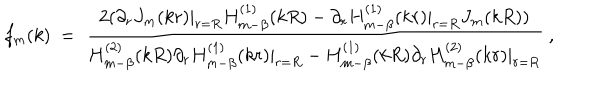
f _ { m } ( k ) \ = \ \frac { 2 ( \partial _ { r } J _ { m } ( k r ) | _ { r = R } H _ { m - \beta } ^ { ( 1 ) } ( k R ) - \partial _ { r } H _ { m - \beta } ^ { ( 1 ) } ( k r ) | _ { r = R } J _ { m } ( k R ) ) } { H _ { m - \beta } ^ { ( 2 ) } ( k R ) \partial _ { r } H _ { m - \beta } ^ { ( 1 ) } ( k r ) | _ { r = R } - H _ { m - \beta } ^ { ( 1 ) } ( k R ) \partial _ { r } H _ { m - \beta } ^ { ( 2 ) } ( k r ) | _ { r = R } } \ ,